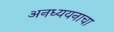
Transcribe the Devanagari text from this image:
अनध्ययनाचा